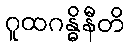
ဂူထဂန္ဓိနီတိ